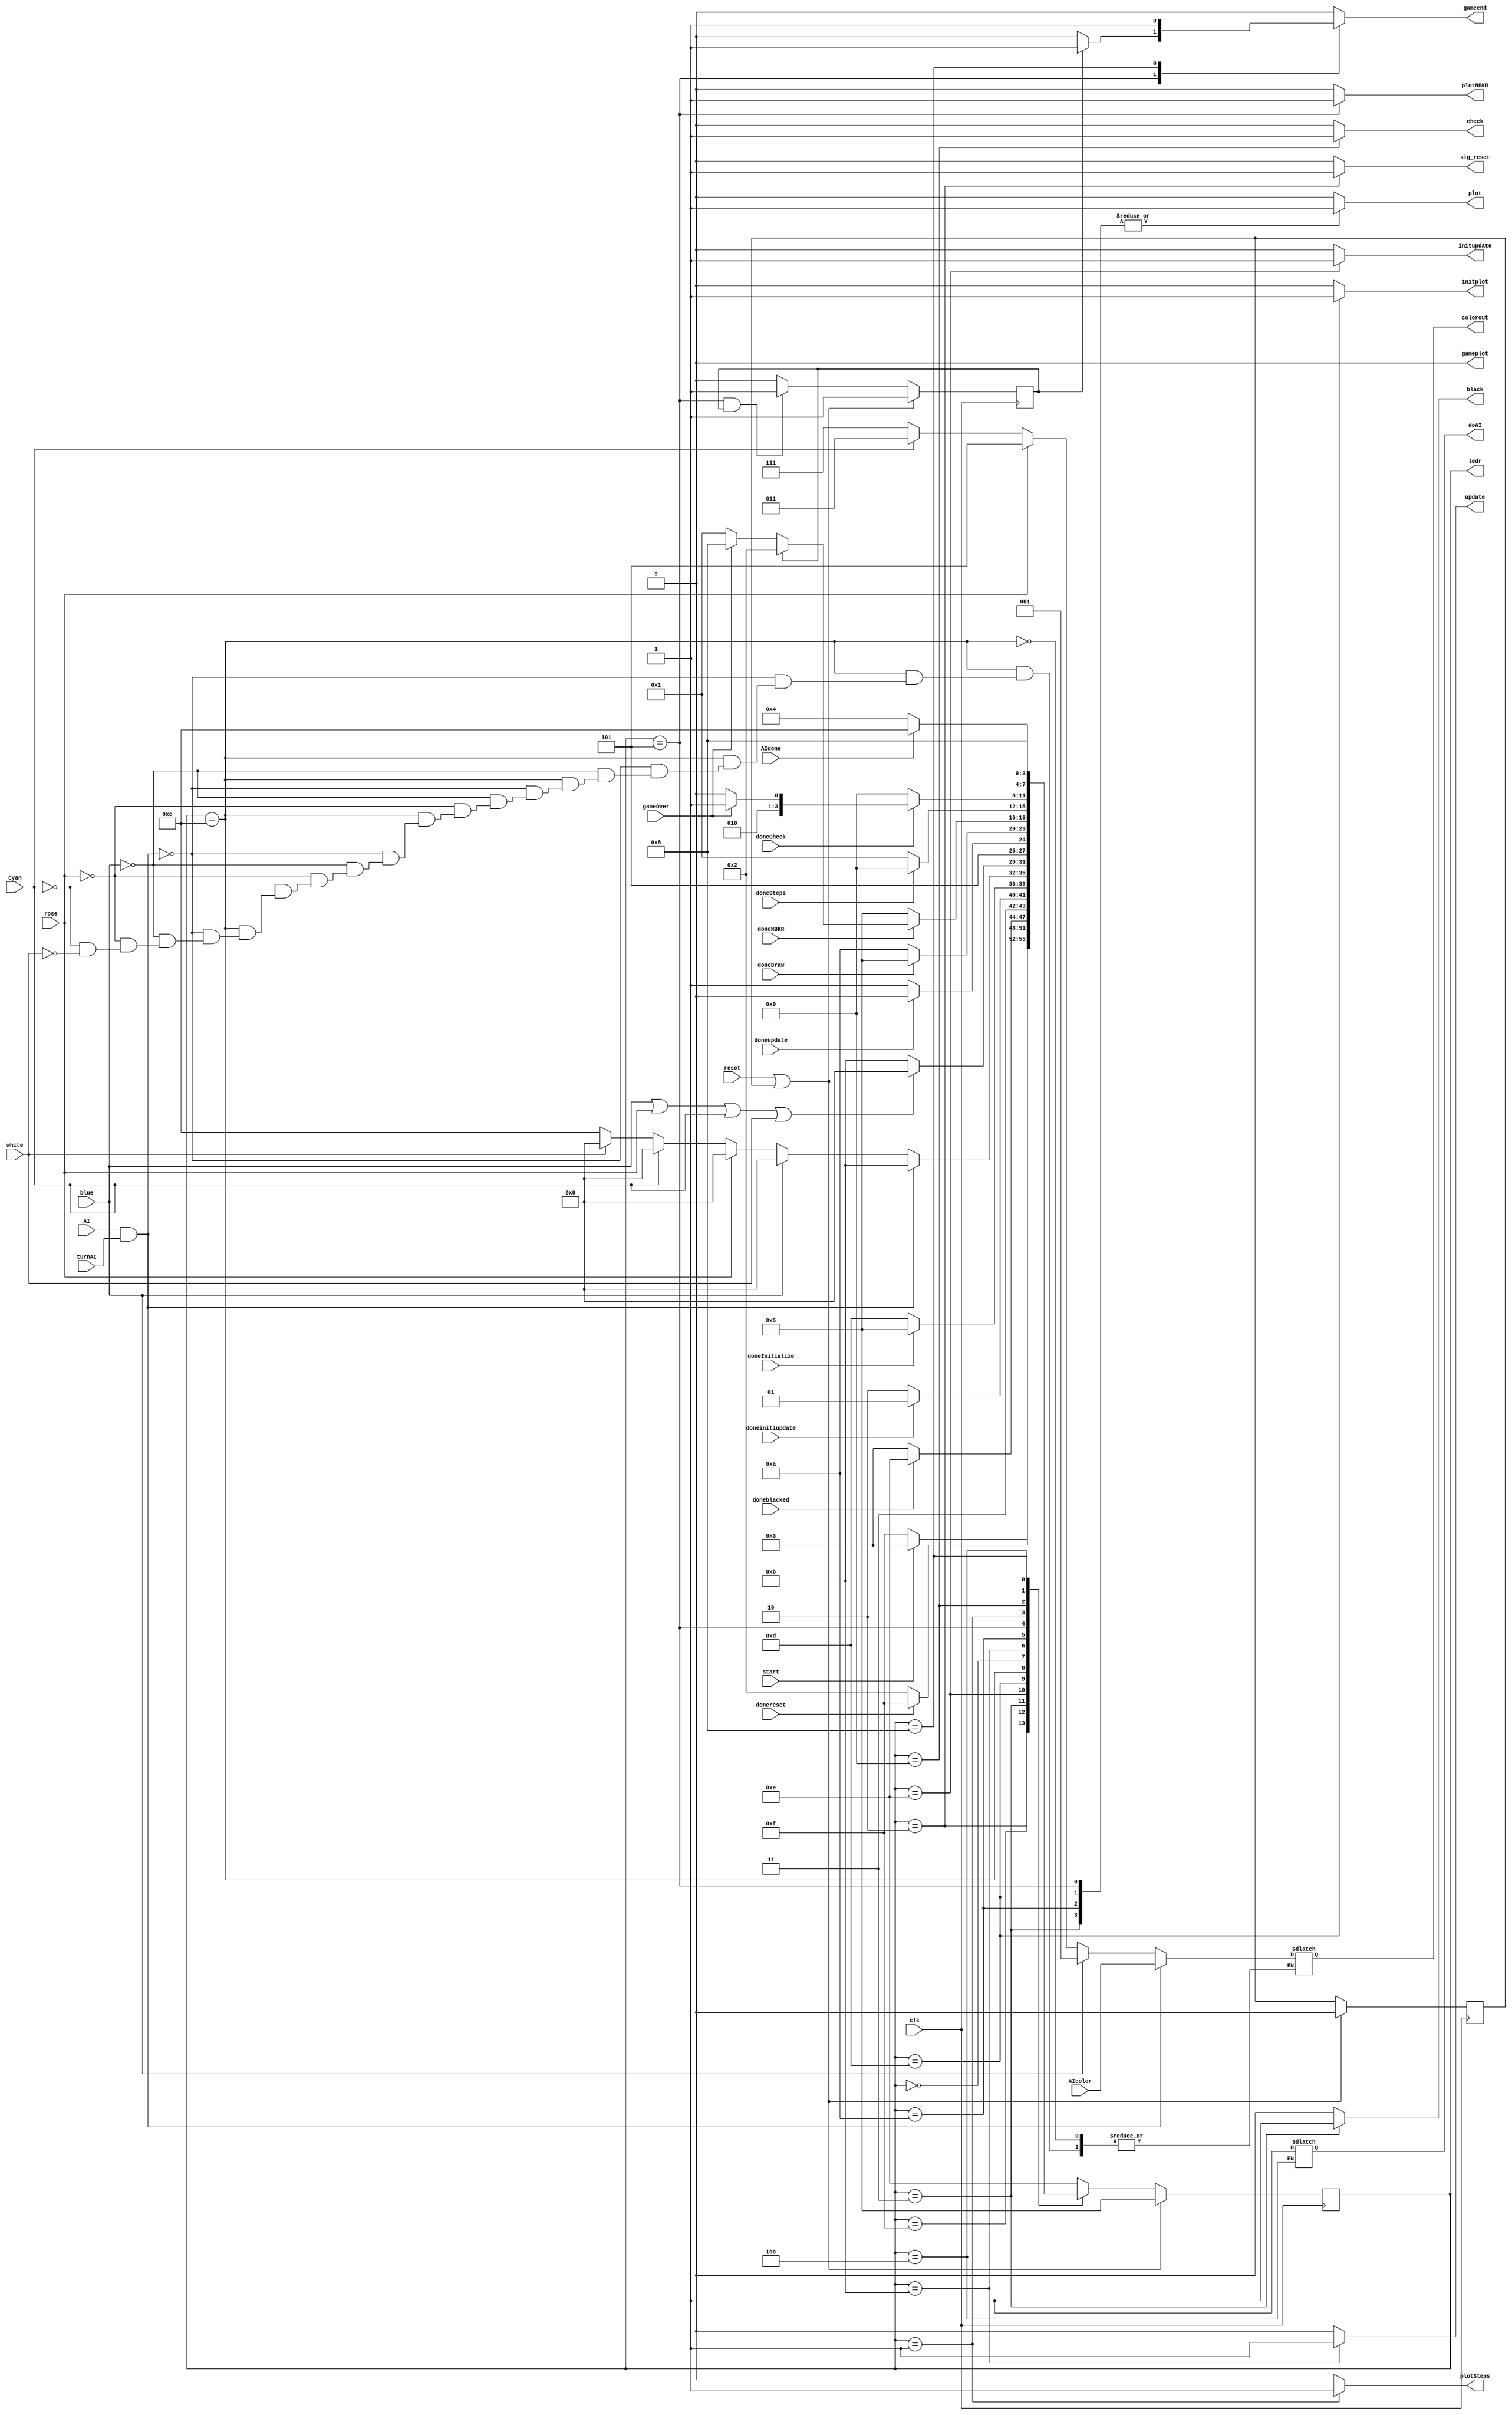
module control(clk,reset,start,initupdate,initplot,update,plot,check,gameplot,doneinitiupdate,doneInitialize,doneupdate,doneDraw,doneCheck,gameOver,colorout,blue,rose,cyan,white,ledr,plotSteps,doneSteps,sig_reset,doneblacked,black,donereset,gameend,AI,doAI,AIdone,AIcolor,turnAI,doneNBKR,plotNBKR);




	
	input clk,reset,start,blue,rose,cyan,white,AI;
	input doneinitiupdate,doneInitialize,doneupdate,doneDraw,doneCheck,gameOver,doneSteps,doneblacked,donereset,AIdone,doneNBKR;
	input [2:0] AIcolor;
	reg firstTime = 1; // offset to game initialization
	
	output reg initupdate,initplot,update,plot,check,gameplot,plotSteps,sig_reset,black,gameend,doAI,plotNBKR;
	output reg [2:0]colorout;
	output [3:0]ledr;
	input turnAI;
	
	wire press;
	
	reg doReset = 0;
	
	assign press = blue || rose || cyan || white;
	
	localparam			s_game_beforeInit = 4'b1111,
							s_game_start = 4'b1110,
							s_game_start_plot= 4'b1101,
							s_wait_color = 4'b1100,
							s_update = 4'b1011,
							s_plot = 4'b1010,
							s_checkOver = 4'b1001,
							s_game_end = 4'b1000,
							s_wait_color_wait = 4'b0000,
							s_plot_steps = 4'b0001,
							s_blaked = 4'b0011,
							s_AI_alg = 4'b0100,
							s_plot_number_bgr = 4'b0101,
							s_before_restart = 4'b0010;
	reg [3:0] current_state = s_before_restart;
	
	
	assign ledr = current_state;
	reg [3:0] next_state;
	always@(*)
	begin 
		case (current_state)
			s_before_restart:  next_state = donereset?s_game_beforeInit:s_before_restart; 
		

			s_game_beforeInit: next_state = start?s_blaked: s_game_beforeInit;
			
			
			s_blaked: next_state = doneblacked?s_game_start:s_blaked;
			
			
			s_game_start: next_state = doneinitiupdate?s_game_start_plot:s_game_start;
			s_game_start_plot : next_state = doneInitialize?s_plot_number_bgr:s_game_start_plot;
			s_wait_color:
			begin
						if(AI && turnAI)begin next_state = s_update; colorout = AIcolor;end
						else
						begin
							if (blue) begin next_state = s_wait_color_wait; colorout = 3'b001; end
							else if (rose) begin next_state = s_wait_color_wait; colorout = 3'b101; end
							else if (cyan) begin next_state = s_wait_color_wait; colorout = 3'b011; end
							else if (white) begin next_state = s_wait_color_wait;  colorout = 3'b111; end
							else begin next_state = s_wait_color; end
						end
			end
			s_wait_color_wait: next_state = press? s_wait_color_wait : s_update;
			s_update :next_state = doneupdate?s_plot:s_update;
			s_plot: next_state = doneDraw?s_plot_number_bgr:s_plot;
			s_plot_number_bgr: begin next_state = doneNBKR?(doReset?s_before_restart:(gameOver?s_game_end:s_plot_steps)):s_plot_number_bgr;  end
			s_plot_steps: next_state = doneSteps?s_checkOver:s_plot_steps;
			s_checkOver: next_state = doneCheck?(gameOver? s_plot_number_bgr:s_AI_alg):s_checkOver;
			s_AI_alg: next_state = AIdone?s_wait_color:s_AI_alg;
			s_game_end: next_state = s_game_end;
			default next_state = s_game_start;
		endcase 
	end
	
	
	always@(*)
			begin
				initupdate = 0;
				initplot = 0;
				update = 0;
				plot = 0;
				check = 0;
				gameplot = 0;
				plotSteps = 0;
				sig_reset = 0;
				black = 0;
				gameend =0;
				plotNBKR = 0;
				
				
				case(current_state)
					s_blaked: begin black = 1; plot = 1; end
					s_before_restart: sig_reset = 1;
					s_game_start: begin initupdate = 1; end
					s_game_start_plot: begin initplot = 1;plot = 1; end
					s_update: update = 1;
					s_plot_number_bgr: begin gameend = doReset?1:0; plotNBKR = 1; plot = 1; end
					s_plot_steps: plotSteps = 1;
					s_plot:plot = 1;
					s_AI_alg: doAI = 1;
					s_wait_color: plot = 0;
					s_checkOver: check = 1;
					s_game_end: gameend = 1;
				endcase
			end 
			
			
	always@(posedge clk) 
	begin
				if(reset || firstTime)
				begin current_state <= s_plot_number_bgr; firstTime<= 0;
				end
				else current_state <= next_state;
				
				if(reset || firstTime) doReset <= 1;
				else if(current_state == s_plot_number_bgr && doReset == 1) doReset <= 1;
				else doReset <= 0;
	end
					
endmodule